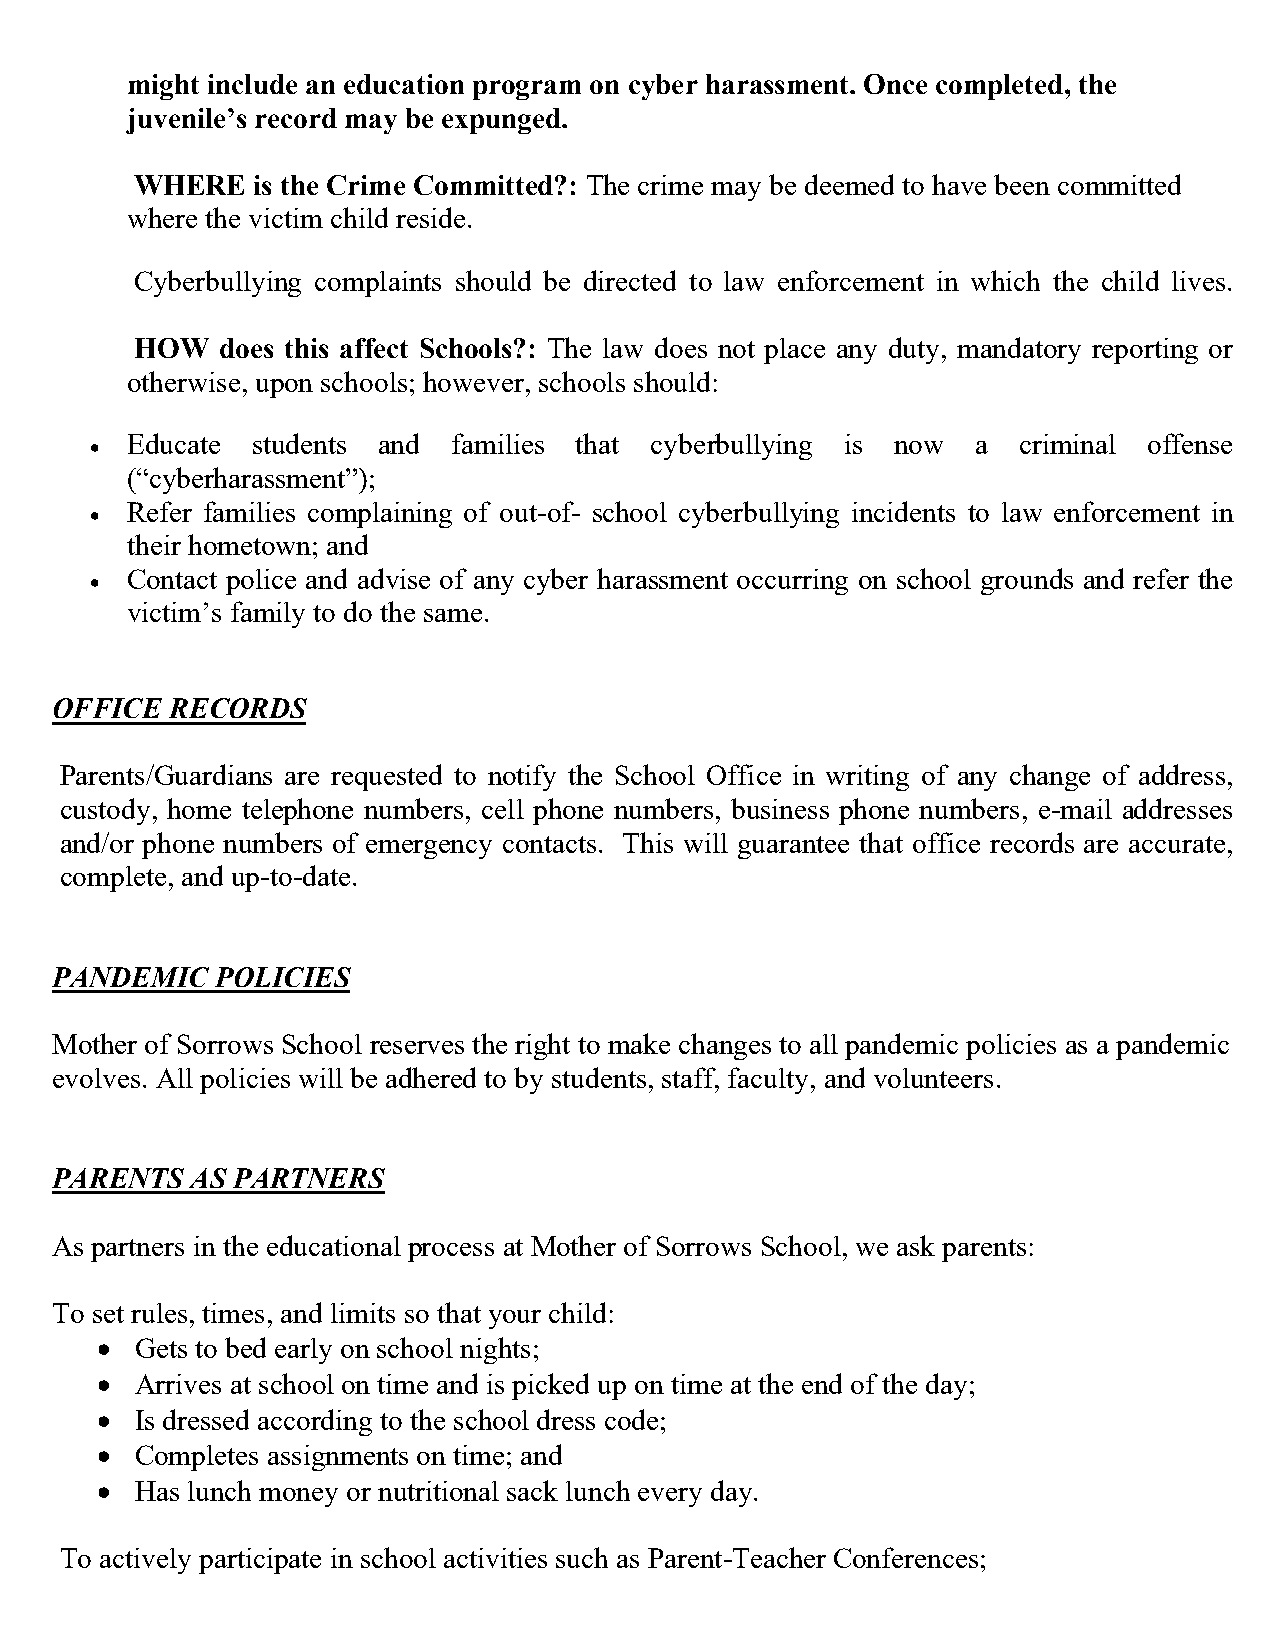
might include an education program on cyber harassment. Once completed, the
 juvenile’s record may be expunged.
 WHERE   is the Crime Committed?: The crime may be deemed to have been committed
 where the victim child reside.
 Cyberbullying complaints should be directed to law enforcement in which the child lives.
 HOW  does this affect Schools?: The law does not place any duty, mandatory reporting or
 otherwise, upon schools; however, schools should:
 • Educate  students and families that cyberbullying is now a  criminal offense
 (“cyberharassment”);
 • Refer families complaining of out-of- school cyberbullying incidents to law enforcement in
 their hometown; and
 • Contact police and advise of any cyber harassment occurring on school grounds and refer the
 victim’s family to do the same.
 OFFICE  RECORDS
 Parents/Guardians are requested to notify the School Office in writing of any change of address,
 custody, home telephone numbers, cell phone numbers, business phone numbers, e-mail addresses
 and/or phone numbers of emergency contacts. This will guarantee that office records are accurate,
 complete, and up-to-date.
 PANDEMIC   POLICIES
 Mother of Sorrows School reserves the right to make changes to all pandemic policies as a pandemic
 evolves. All policies will be adhered to by students, staff, faculty, and volunteers.
 PARENTS   AS PARTNERS
 As partners in the educational process at Mother of Sorrows School, we ask parents:
 To set rules, times, and limits so that your child:
 •  Gets to bed early on school nights;
 •  Arrives at school on time and is picked up on time at the end of the day;
 •  Is dressed according to the school dress code;
 •  Completes assignments on time; and
 •  Has lunch money or nutritional sack lunch every day.
 To actively participate in school activities such as Parent-Teacher Conferences;